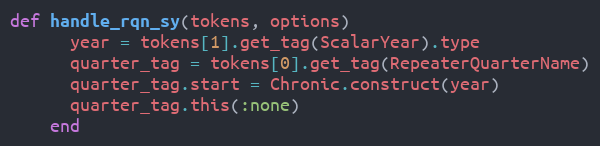
Language: Ruby
def handle_rqn_sy(tokens, options)
      year = tokens[1].get_tag(ScalarYear).type
      quarter_tag = tokens[0].get_tag(RepeaterQuarterName)
      quarter_tag.start = Chronic.construct(year)
      quarter_tag.this(:none)
    end